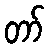
တာ်